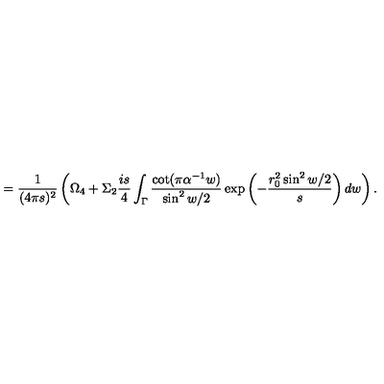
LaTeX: = { \frac { 1 } { ( 4 \pi s ) ^ { 2 } } } \left( \Omega _ { 4 } + \Sigma _ { 2 } { \frac { i s } { 4 } } \int _ { \Gamma } { \frac { \cot ( \pi \alpha ^ { - 1 } w ) } { \sin ^ { 2 } w / 2 } } \exp \left( - { \frac { r _ { 0 } ^ { 2 } \sin ^ { 2 } w / 2 } { s } } \right) d w \right) .